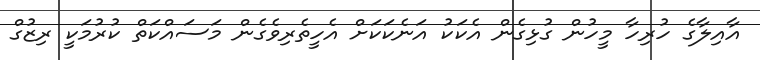
އާއިލާގެ ހުރިހާ މީހުން ގުޅިގެން އެކަކު އަނެކަކަށް އެހީތެރިވެގެން މަސައްކަތް ކުރުމަކީ ރިޒުގް